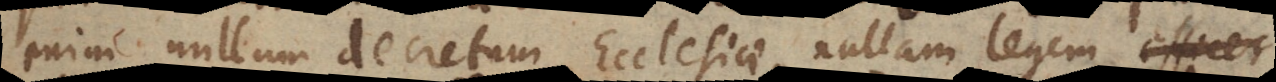
enim nullum decretum Ecclesiae, nullam legemefficer,